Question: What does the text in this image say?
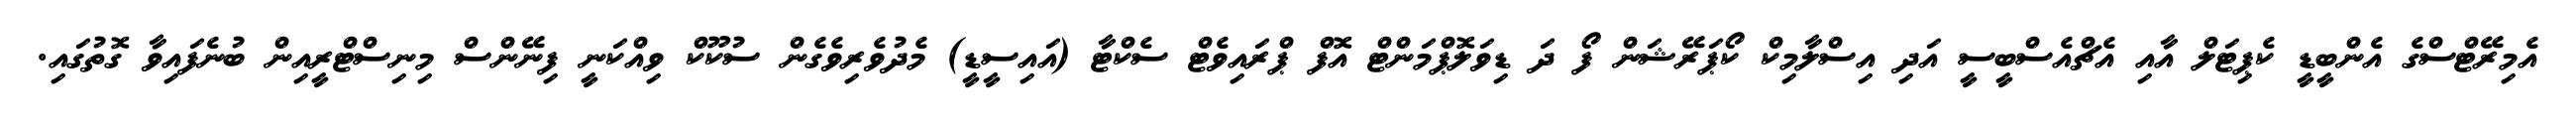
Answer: އެމިރޭޓްސްގެ އެންބީޑީ ކެޕިޓަލް އާއި އެޗްއެސްބީސީ އަދި އިސްލާމިކް ކޯޕަރޭޝަން ފޯ ދަ ޑިވަލޮޕްމަންޓް އޮފް ޕްރައިވެޓް ސެކްޓާ (އައިސީޑީ) މެދުވެރިވެގެން ސުކޫކް ވިއްކަނީ ފިނޭންސް މިނިސްޓްރީއިން ބުނެފައިވާ ގޮތުގައި.